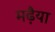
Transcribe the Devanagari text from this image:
मढ़ैया